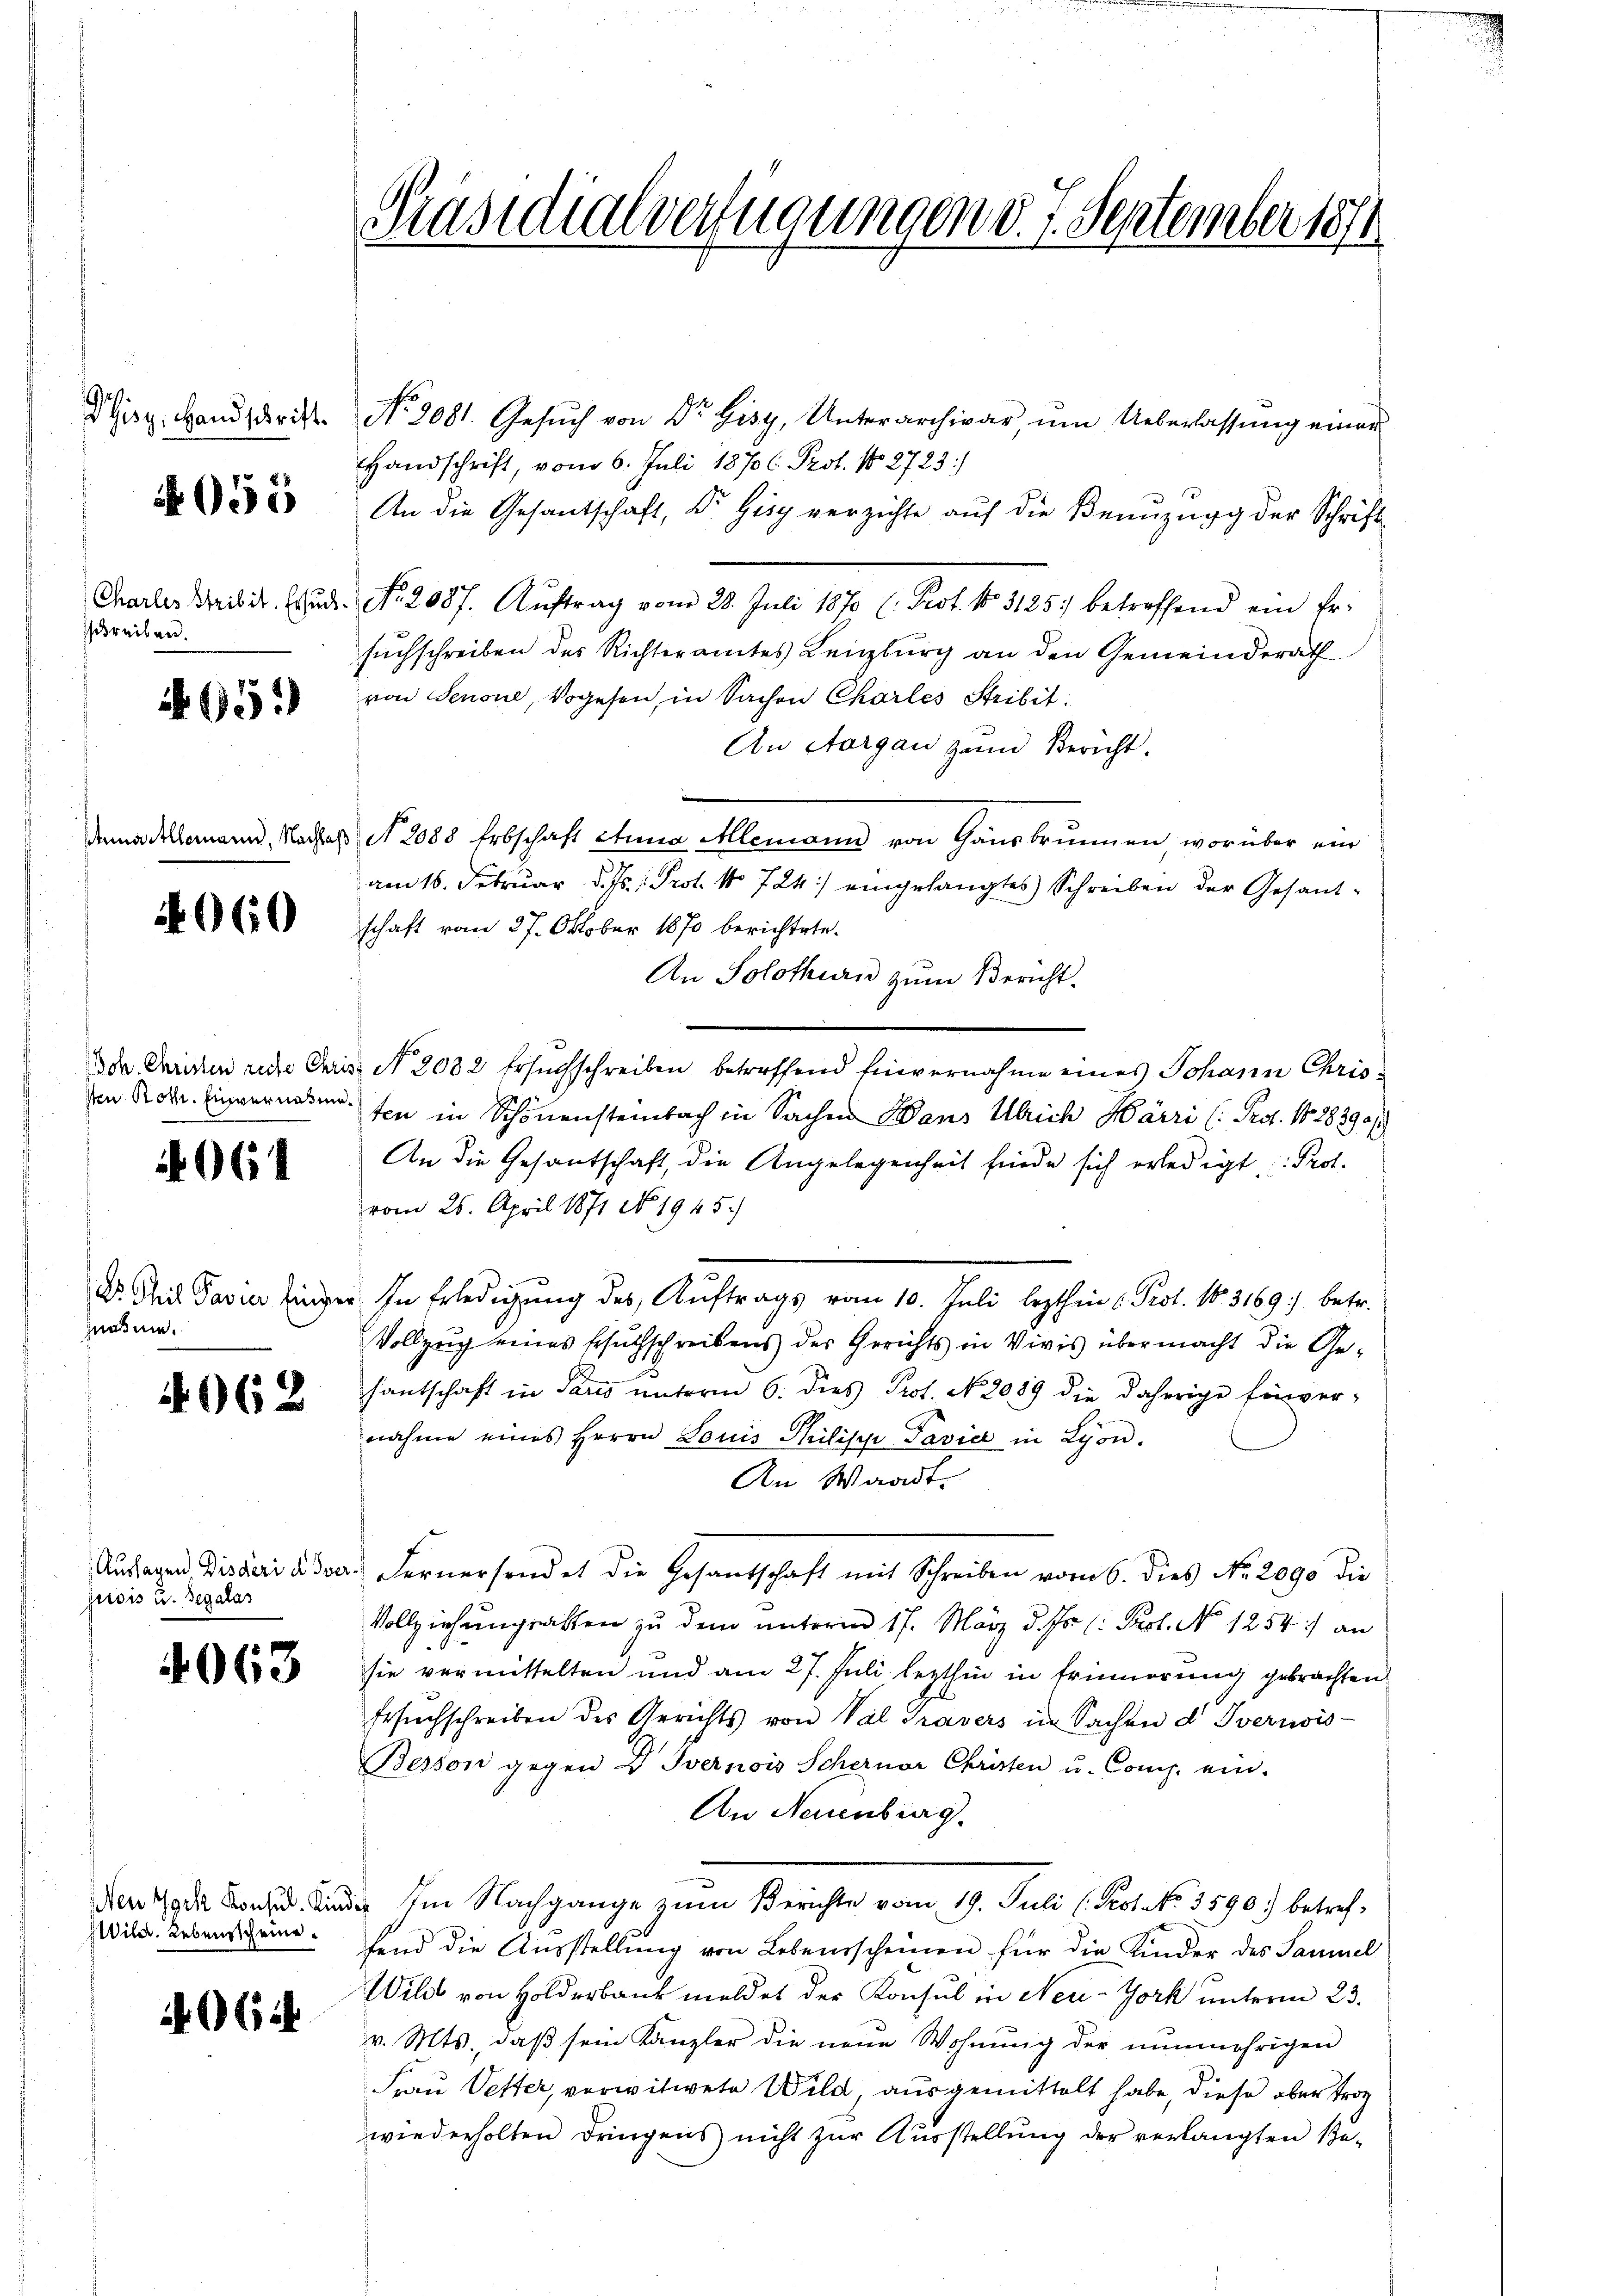
Phisz, Handschrift.

055

Charles Stribit. Ersuch
schreiben.

65.)

Aller

ann, Nachlaß

060

Boh. Christen reite Chris
den Roth. Einvernasme¬

1061

Dr. Theil Pavia Einzer
znahme.

4062

Gisis u. Begalas

4063

064

Präsidialverfügungen d. 7. September 1874

No. 2081. Gesŭch von Dr Gisy, Unterarchivar, ŭm Ueberlassung einer
Handschrift, vom 6. Juli 18706. Prot. No 2723:
An die Gesantschaft, Dr. Gisy verzichte auf die Benuzung der Schrift-
No. 2087. Aŭftrag vom 28. Juli 1870 (: Prot. No. 3185) betreffend ein Ersuchschreiben des Richteramtes Lenzburg an den Gemeinderath
von Senone, Vogehen, in Sachen Charles Stribit
An Aargau zum Bericht.
N 2085 Erbschaft etwa Alemann von Gänsbrunnen worüber ein
am 16. Februar d. Js. Prot. No 724) eingelangtes Schreiben der Gesandschaft vom 27. Oktober 1870 berichtete.
An Solothurn zum Bericht.
 No. 2032 Ersuchschreiben betreffend Einvernahme eines Johann Christen in Schönensteinbach in Sachen Dans Ulrich Härri (Pro. 1828390/
An die Gesantschaft, die Angelegenheit finde sich erledigt, Prof.
vom 26. April 1871 No 1945.
In Erledigung des Auftrags vom 10. Juli lezthin u. Prot. No. 3169: betr.
Vollzug eines Ersuchschreibens der Gerichts in Vivis übermacht die Gesantschaft in Paris unterm 6. dies Prot. No. 2089 die daherige Einver-
nahme eines Herrn Louis Philische Pavic in Lyon.
An Waadt.
Ausagen Disberi dover Fernersendet die Gesandschaft mit Schreiben vom 6. dies No. 2090 die
Vollziehungsakten zu dem unterm 17. März d. Js. 1. Prof. No 1254:/ an
sie vermittelten und am 27. Juli lezthin in Erinnerung gebrachten
Besŭchschreiben des Gerichts von Val Gravers in Sachen d. Overnois-
Besson gegen D Svernois Schernor Christen u. Comp. ein-
An Neuenburg.
dien den der Im Nachgange zŭm Berichte vom 19. Juli (Peot NNo. 3590 betref¬
Wile. Lebensteine fand die Ausstellung von Lebensscheinen für die Kinder des Samuel
Wild von Holderbank meldet der Konsul in New-York unterm 23.
v. Mts., daβ sein Kanzler die neue Wohnŭng der nŭnmehrigen
Frau Vetter, verwitwete Wild, ausgemittelt habe, diese aber trag
wiederholten dringens nicht zur Ausstellung der verlangten Zu-